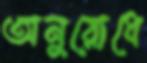
অনুরোধে